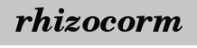
rhizocorm